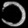
Digit: ၁